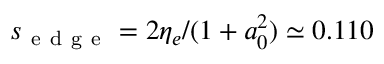
s _ { \mathrm { ~ e ~ d ~ g ~ e ~ } } = 2 \eta _ { e } / ( 1 + a _ { 0 } ^ { 2 } ) \simeq 0 . 1 1 0